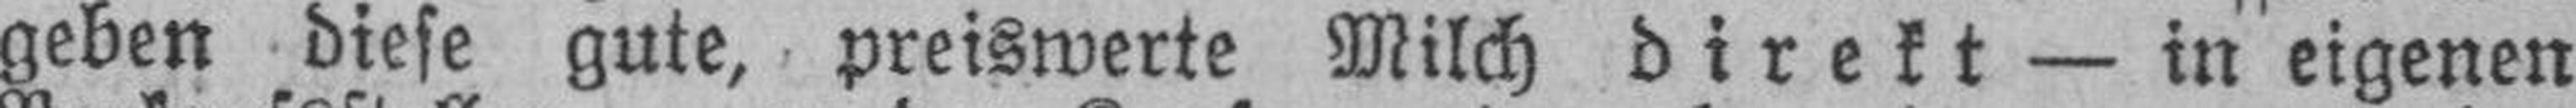
geben diese gute, preiswerte Milch direkt — in eigenen